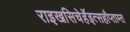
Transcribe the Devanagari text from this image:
राइखसिचेर्हेइत्सहौप्ताम्त